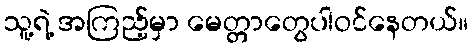
သူ့ရဲ့ အကြည့်မှာ မေတ္တာတွေပါဝင်နေတယ်။